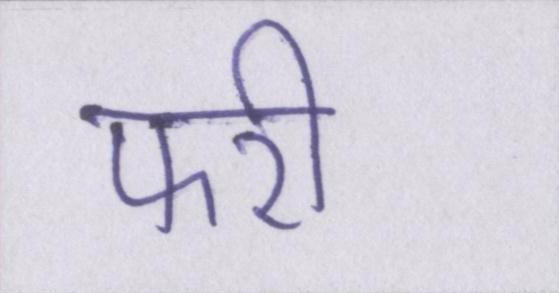
फरी